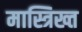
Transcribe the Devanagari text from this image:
मास्त्रिख्त